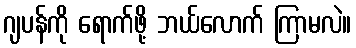
ဂျပန်ကို ရောက်ဖို့ ဘယ်လောက် ကြာမလဲ။